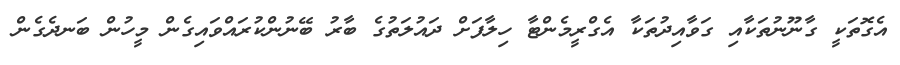
އެގޮތަކީ ގާނޫނުތަކާއި ގަވާއިދުތަކާ އެގްރީމެންޓާ ހިލާފަށް ދައުލަތުގެ ބާރު ބޭނުންކުރައްވައިގެން މީހުން ބަނދެގެން